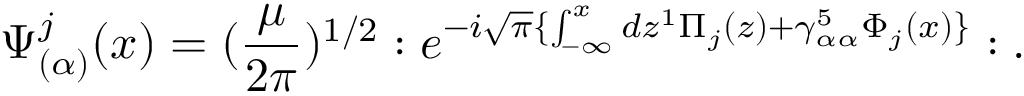
\Psi _ { ( \alpha ) } ^ { j } ( x ) = ( \frac { \mu } { 2 \pi } ) ^ { 1 / 2 } : e ^ { - i \sqrt { \pi } \{ \int _ { - \infty } ^ { x } d z ^ { 1 } \Pi _ { j } ( z ) + \gamma _ { \alpha \alpha } ^ { 5 } \Phi _ { j } ( x ) \} } : .